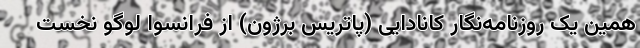
همین یک روزنامه‌نگار کانادایی (پاتریس برژون) از فرانسوا لوگو نخست